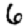
Digit: 6